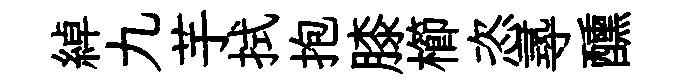
綽九芋拭抱膝櫛恣𡬶醺